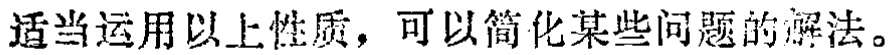
适当运用以上性质，可以简化某些问题的解法。